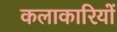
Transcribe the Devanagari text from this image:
कलाकारियों